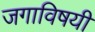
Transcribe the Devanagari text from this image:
जगाविषयी